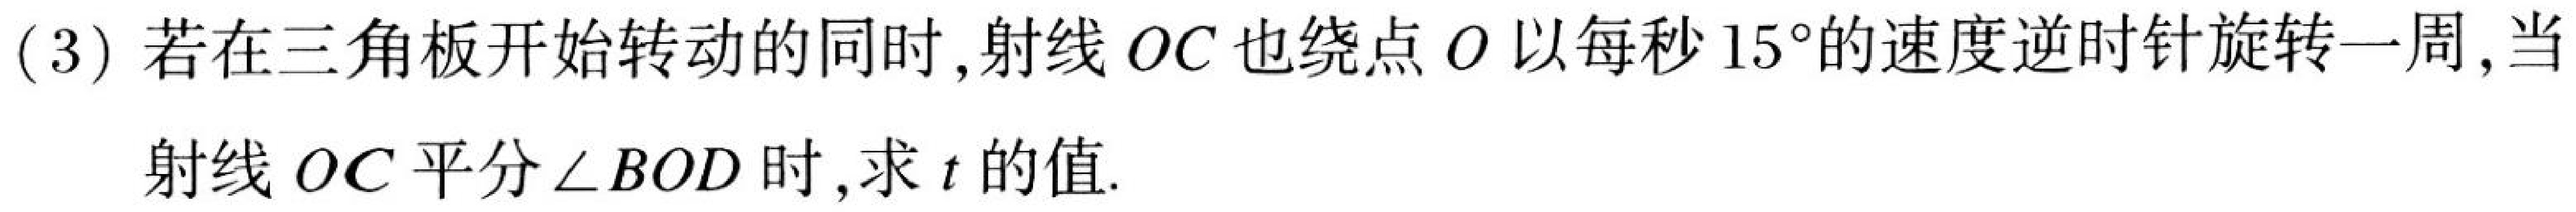
(3) 若在三角板开始转动的同时,射线\(OC\)也绕点\(O\)以每秒\(15^{\circ}\)的速度逆时针旋转一周,当
射线\(OC\)平分\(\angle BOD\)时,求\(t\)的值.